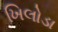
ખિલોડા